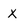
Character: X